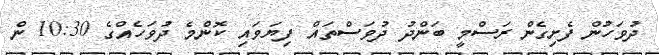
ދުވަހުން ފެށިގެން ރަސްމީ ބަންދު ދުވަސްތައް ފިޔަވައި ކޮންމެ ދުވަހެއްގެ 10:30 ން